Report of the Municipal Commissioner on the plague in Bombay for the year ending 31st May... - Volume 1
Disease focus: Plague
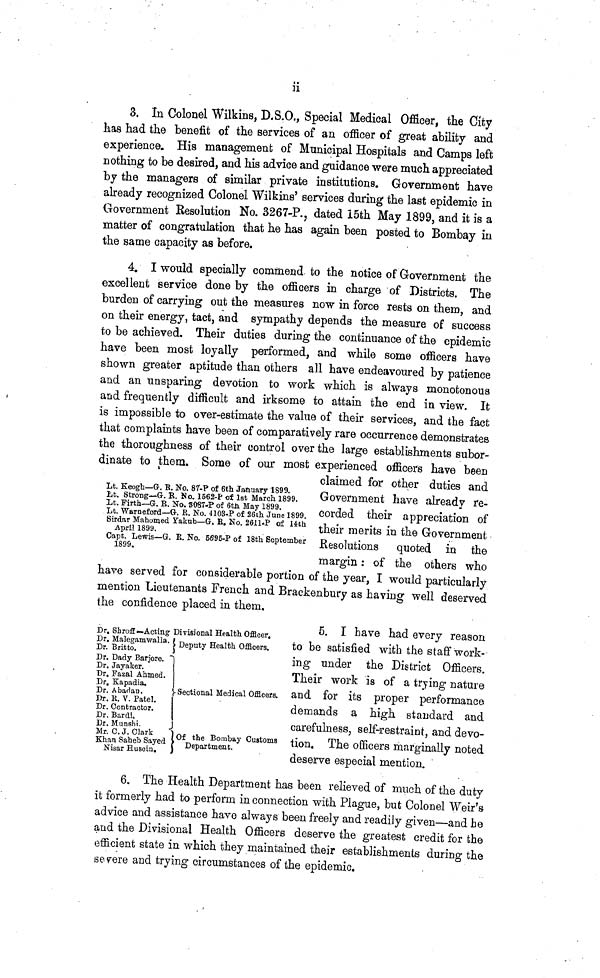
ii
S. In Colonel Wilkins, D, S.O., Special Medical Officer, the City
has had the benefit of the services of an officer of great ability and
experience. His management of Municipal Hospitals and Camps left
nothing to be desired, and his advice and guidance were much appreciated
by the managers of similar private institutions. Government have
already recognized Colonel Wilkins' services during the last epidemic in
Government Resolution No. 3267-P., dated I5th May 1899, and it is a
matter of congratulation that he has again been posted to Bombay in
the same capacity as before.
4. I would specially commend to the notice of Government the
excellent service done by the officers in charge of Districts. The
burden of carrying out the measures now in force rests on them, and
on their energy, tact, and sympathy depends the measure of success
to be achieved. Their duties during the continuance of the epidemic
have been most loyally performed, and while some officers have
shown greater aptitude than others all have endeavoured by patience
and an unsparing devotion to work which is always monotonous
and frequently difficult and irksome to attain the end in view. It
is impossible to over-estimate the value of their services, and the fact
that complaints have been of comparatively rare occurrence demonstrates
the thoroughness of their control over the large establishments subor-
dinate to them. Some of our most experienced officers have been
claimed for other duties and
Lt. Keogh—G. B. No. 87-P of 6th January 1899.
i,t. strong-»· R. »o. 1562-p of ist March 1899.
Government have already re-
ILt. Firth—G·. E. No. 3087-P of 6tH May 1899.
ΛΛ γ.Λ« 1 Λ Λ ;*
«j.·
e
Lt. Warneford—G. ß. NO. 4103-p of 26th June 1899. corded tueit appreciation of
Sir
A d pAr d Yakub - G · Ε · Ν°· *"* °f Uth their merits in the Government
Cap 8 t. & Lewis-G. E. No. 6695-P of 18th September Resolutions
quoted
in
the
margin: of the others who
have served for considerable portion of the year, I would particularly
mention Lieutenants French and Brackenbury as having well deserved
the confidence placed in them.
Dr. ShrofiE —Acting Divisional Health Officer.
Dr. Malegam walla, ι
Dr. Britto.
Dr. Dady Barjore.
Dr. Jayaker.
Dr. Fazal Ahmed.
Dr. Kapadia.
Deputy Health Officers.
Dr. A badán.
\ Sectional Medical Officers.
I>r. K. V. Patel.
Dr. Contractor.
Dr. Bardi.
Dr. Munshi.
J
Khan ¿Äayed l°f *' f
Bomba y Cuetoms
Sar Husein. \ ^P^ment.
5. I have had every reason
to be satisfied with the staff work-
ing under the District Officers.
Their work is of a trying nature
and for its proper performance
demands a high standard and
carefulness, self-restraint, and devo-
tion. The officers marginally noted
deserve especial mention.
6. The Health Department has been relieved of much of the duty
it formerly had to perform in connection with Plague, but Colonel Weir's
advice and assistance have always been freely and readily given—and he
and the Divisional Health Officers deserve the greatest credit for the
efficient state in which they maintained their establishments during the
severe and trying circumstances of the epidemic.